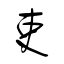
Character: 吏